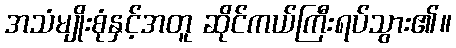
အသံမျိုးစုံနှင့်အတူ ဆိုင်ကယ်ကြီးရပ်သွား၏။